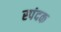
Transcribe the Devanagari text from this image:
स्पंदक